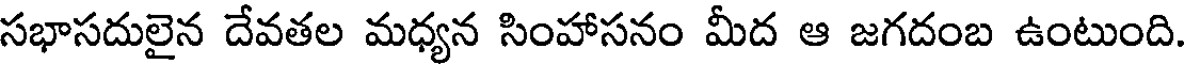
సభాసదులైన దేవతల మధ్యన సింహాసనం మీద ఆ జగదంబ ఉంటుంది.